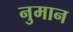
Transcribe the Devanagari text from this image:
नुमान